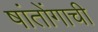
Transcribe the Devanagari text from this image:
षांतोंगाची